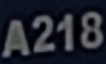
A218